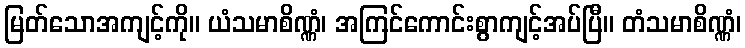
မြတ်သောအကျင့်ကို။ ယံသမာစိဏ္ဏံ၊ အကြင်ကောင်းစွာကျင့်အပ်ပြီ။ တံသမာစိဏ္ဏံ၊